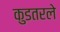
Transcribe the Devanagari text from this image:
कुडतरले